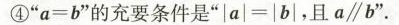
④”a=b”的充要条件是”|a|=|b|，且a∥b”.